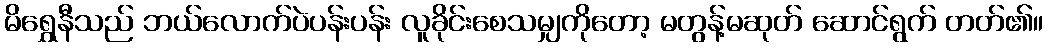
မိရွှေနီသည် ဘယ်လောက်ပဲပန်းပန်း လူခိုင်းစေသမျှကိုတော့ မတွန့်မဆုတ် ဆောင်ရွက် တတ်၏။